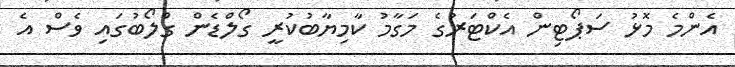
އެންމެ މޮޅު ސަޕޯޓިން އެކްޓަރުގެ މަގާމު ކާމިޔާބުކުރީ ގޯލްޑެން ގްލޯބުގައި ވެސް އެ